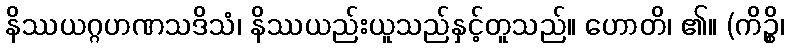
နိဿယဂ္ဂဟဏသဒိသံ၊ နိဿယည်းယူသည်နှင့်တူသည်။ ဟောတိ၊ ၏။ (ကိဉ္စိ၊